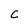
Character: C